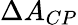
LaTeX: \Delta A_{CP}